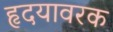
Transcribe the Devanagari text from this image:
हृदयावरक